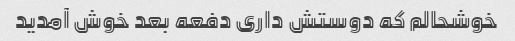
خوشحالم که دوستش داری دفعه بعد خوش آمدید